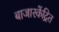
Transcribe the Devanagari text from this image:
बाजारकेंद्रित